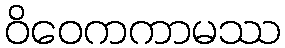
ဝိဝေကကာမဿ